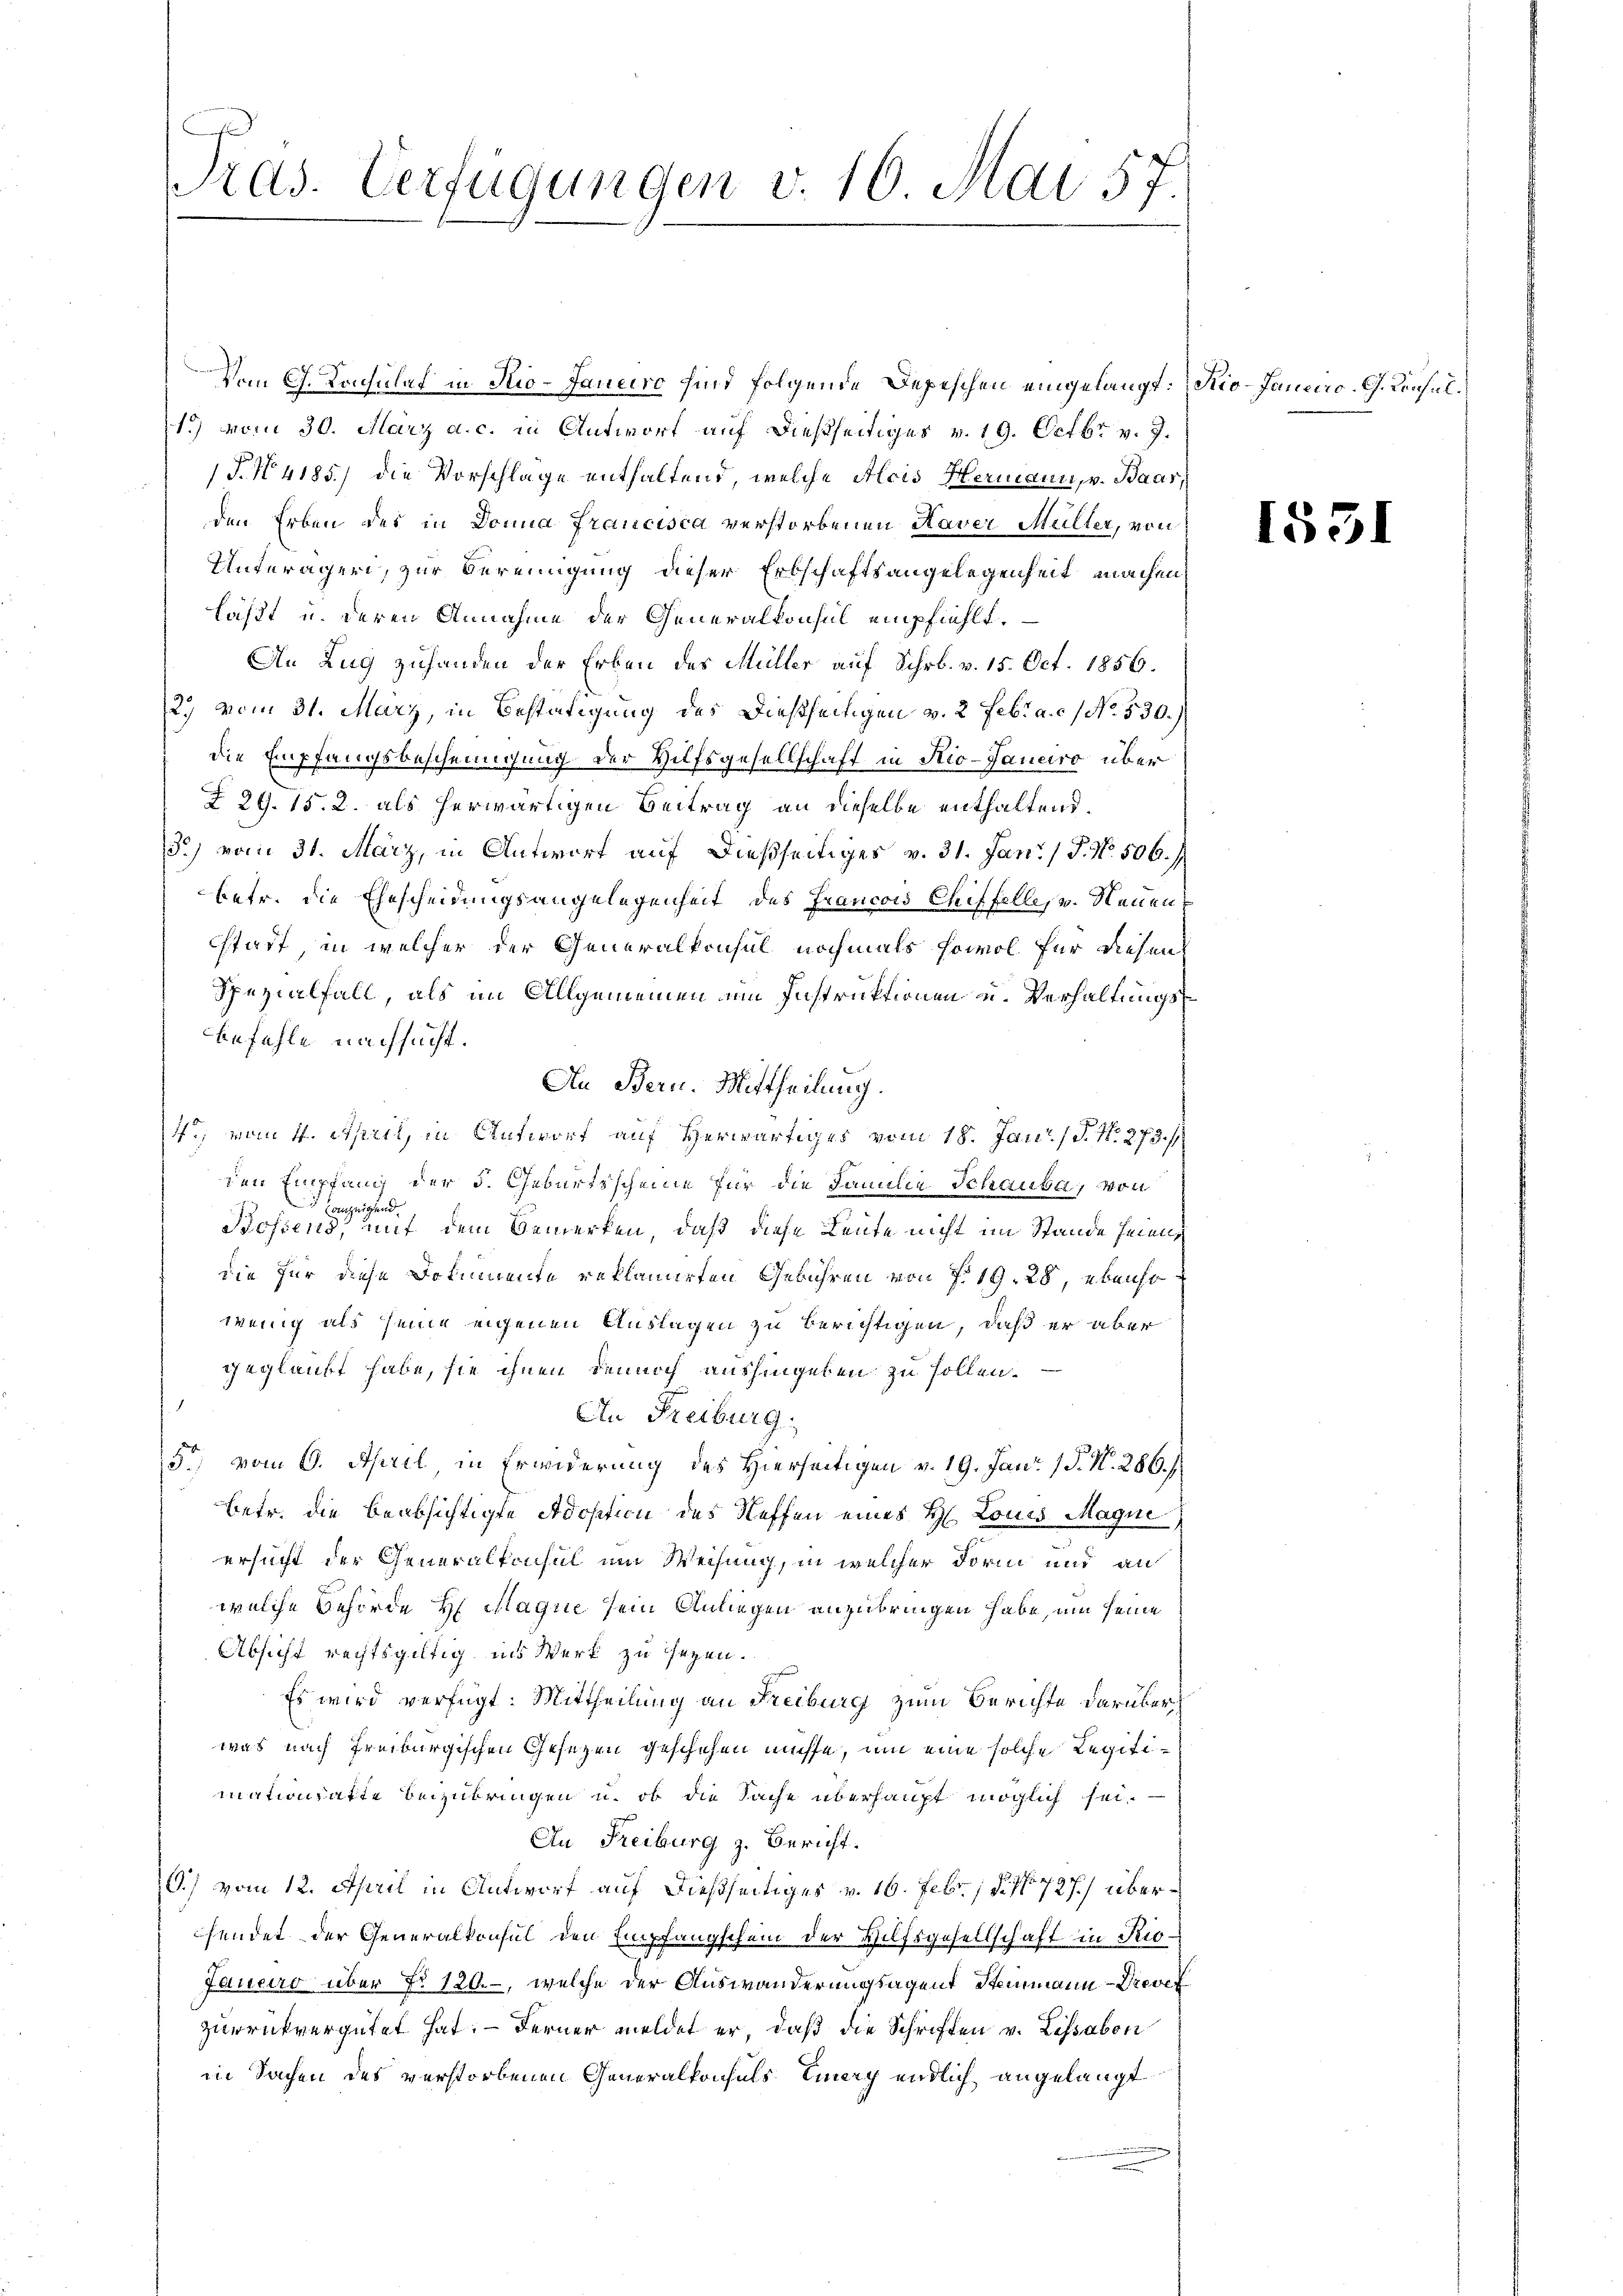
Vom C. Konsulat in Rio-Janeiro sind folgende Depeschen eingelangt. Sio-Janciro, G. Konsul¬
1) vom 30. März a. c. in Antworf auf dießseitiges v. 19. Octbr v. J.
P.N 4185) die Vorschlage enthaltend, welche Alois Hermann, v. Baar,
den Erben des in Donna Francisca verstorbenen Haver Müller, von
Unterägeri, zur Bereinigung dieser Erbschaftsangelegenheit machen
läßt u. deren Annahme der Generalkonsul empfiehlt.
An Zug zuhanden der Erben des Müller auf Schrb. v. 15. Oct. 1856.
2.) vom 31. März, in Bestätigung des Dießseitigen v. 2. Febr. a. c. No. 530.)
die Empfangsbescheinigung der Hilfsgesellschaft in Rio-Janeiro über
Z 29. 15. 2. als herwärtigen Beitrag an dieselbe enthaltend.
S.) vom 31. März, in Antwort auf dießseitiges v. 31. Jan. / 5. No. 506.)
betr. die Ehescheidungsangelegenheit des Francois Chiffelles v. Neuen,
statt, in welcher der Generalkonsul nochmals sowol für diesen
Spezialfall, als im Allgemeinen um Instruktionen u. Verhaltungsbefehle nachsucht.
An Bern. Mittheilung.
4. vom 4. April, in Antwort auf Herwärtiges vom 18. Jan. (T. N. 273. /
den Empfang der 5. Geburtsscheine für die Familie Schaube, von
Conzeigend
Bohrend, mit dem Bemerken, daß diese Leute nicht im Stande sein
die für diese Dokumente reklamirten Gebühren von § 19. 28, ebenso
wenig als seine eigenen Auslagen zu berichtigen, daß er aber
geglaubt habe, sie ihnen dennoch aushingeben zu sollen.
An Freiburg.
5) vom 6. April, in Erwiderung des Hierseitigen v. 19. Jan. 18. N. 286.
betr. die beabsichtigte Adoption des Neffen eines H. Louis Magne
ersucht der Generalkonsul um Weisung, in welcher Form und an
welche Behörde Hr. Maque sein Anliegen anzubringen habe, um seine
Absicht rechtsgültig ins Werk zu seyen.
Es wird verfügt: Mittheilung an Freiburg zum Berichte darüber
was nach Freiburgischen Gesezen geschehen müße, um eine solche Legitimationsatte beizubringen u. ob die Sache überhaupt möglich sei.
An Freiburg z. Bericht.
G.) vom 12. April in Antwort auf dießseitiges v. 16. Febr. 18. No 727.) übersendet der Generalkonsul den Empfangschein der Hilfsgesellschaft in Rio¬
Janeiro über No 120.-, welche der Auswanderungsagent Steinmann - Drevet
zurrückvergütet hat. — Ferner meldet er, daß die Schriften v. Lissabon
in Sachen des verstorbenen Generalkonsuls Emary endlich angelangt

E
Tras. Verfügungen v. 16. Mai 57

1531